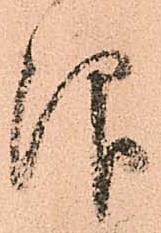
仰